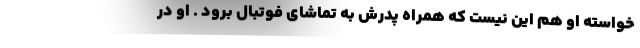
خواسته او هم این نیست که همراه پدرش به تماشای فوتبال برود . او در